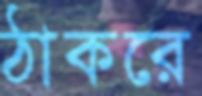
ঠাকরে